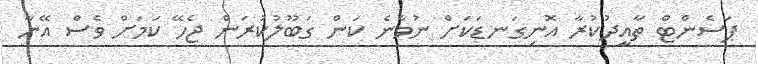
ޕަސެންޓް ތާއީދުކުރާ އޮނިގަނޑަކަށް ނުވާނެ ކަން ގަބޫލުކުރަން ޖެހޭ ކަމަށް ވެސް އޭނާ